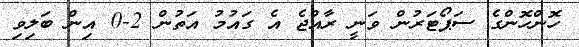
ހޮންހޮންގެ ސަޕޯޓަރުން ވަނީ ރާއްޖެ އެ ގައުމު އަތުން 2-0 އިން ބަލިވި